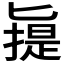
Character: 𠤧